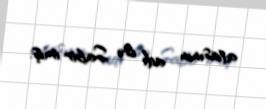
atasının adı isə Sabir imiş.